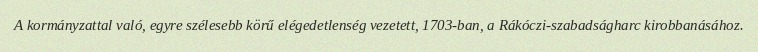
A kormányzattal való, egyre szélesebb körű elégedetlenség vezetett, 1703-ban, a Rákóczi-szabadságharc kirobbanásához.